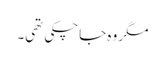
مگر وہ جاچکی تھی۔